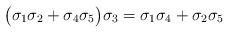
LaTeX: \begin{align*}\big(\sigma_1\sigma_2 + \sigma_4\sigma_5\big)\sigma_3 = \sigma_1\sigma_4 + \sigma_2\sigma_5 \end{align*}